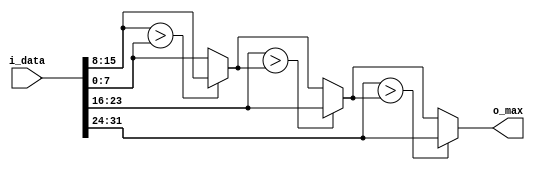
module Max#(
    parameter BITWIDTH = 8,
    parameter LENGTH   = 4
)(
    input [BITWIDTH * LENGTH - 1: 0]    i_data,
    output reg signed [BITWIDTH-1 : 0]   o_max
);
wire signed [BITWIDTH-1:0] dataArray [0:LENGTH - 1];
genvar i;
generate
   for(i = 0; i < LENGTH; i = i+1) begin
        assign dataArray[i] = i_data[(i+1)*BITWIDTH -1 -:BITWIDTH];
   end 
endgenerate
integer j;
always @(*) begin
    o_max = dataArray[0];
    for(j=1;j<LENGTH;j=j+1) begin
        if(dataArray[j] > o_max)
            o_max = dataArray[j];
    end
end
endmodule